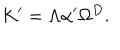
K ^ { \prime } = \Lambda \alpha ^ { \prime } \Omega ^ { D } .